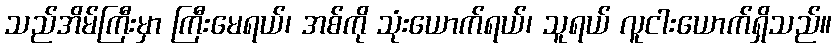
သည်အိမ်ကြီးမှာ ကြီးမေရယ်၊ အစ်ကို သုံးယောက်ရယ်၊ သူရယ် လူငါးယောက်ရှိသည်။